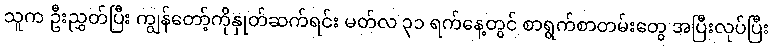
သူက ဦးညွှတ်ပြီး ကျွန်တော့်ကိုနှုတ်ဆက်ရင်း မတ်လ ၃၁ ရက်နေ့တွင် စာရွက်စာတမ်းတွေ အပြီးလုပ်ပြီး